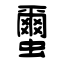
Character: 蠒